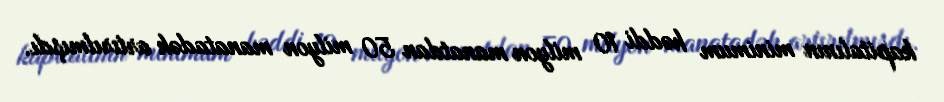
kapitalının minimum həddi 10 milyon manatdan 50 milyon manatadək artırılmışdı.